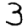
Digit: 3